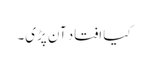
کیا افتاد آن پڑی۔